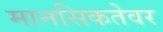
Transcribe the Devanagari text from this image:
मानसिकतेवर